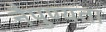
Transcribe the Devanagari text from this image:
नैपुण्यता